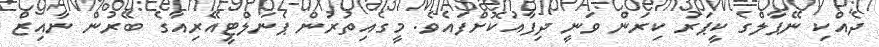
ދެއްކި ނޭޕާލްގެ ކީޕަރު ކިރަން ވަނީ ދިފާއުކޮށްފައެވެ. މީގެއިތުރުން ޕެނަލްޓީއޭރިއާގެ ބޭރުން ނާއިޒް